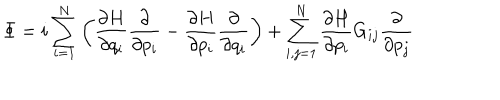
LaTeX: \Phi = i \sum _ { i = 1 } ^ { N } \left( { \frac { \partial H } { \partial q _ { i } } } { \frac { \partial } { \partial p _ { i } } } - { \frac { \partial H } { \partial p _ { i } } } { \frac { \partial } { \partial q _ { i } } } \right) + \sum _ { i , j = 1 } ^ { N } { \frac { \partial H } { \partial p _ { i } } } G _ { i j } { \frac { \partial } { \partial p _ { j } } }